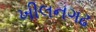
ખીલનગઢ